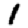
Digit: 1